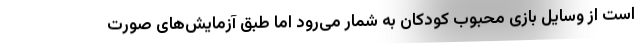
است از وسایل بازی محبوب کودکان به شمار می‌رود اما طبق آزمایش‌های صورت